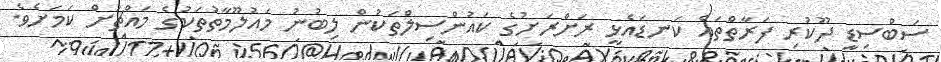
ސަބްސިޑީ ދޫކުރި ފަރާތްތައް ކަނޑައެޅީ ރަށްރަށުގެ ކައުންސިލްތަކުން ލިބުނު މައުލޫމާތުތަކުގެ މައްޗަށް ކަމަށެވެ.